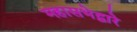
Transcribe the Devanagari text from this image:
महासभेद्वारे